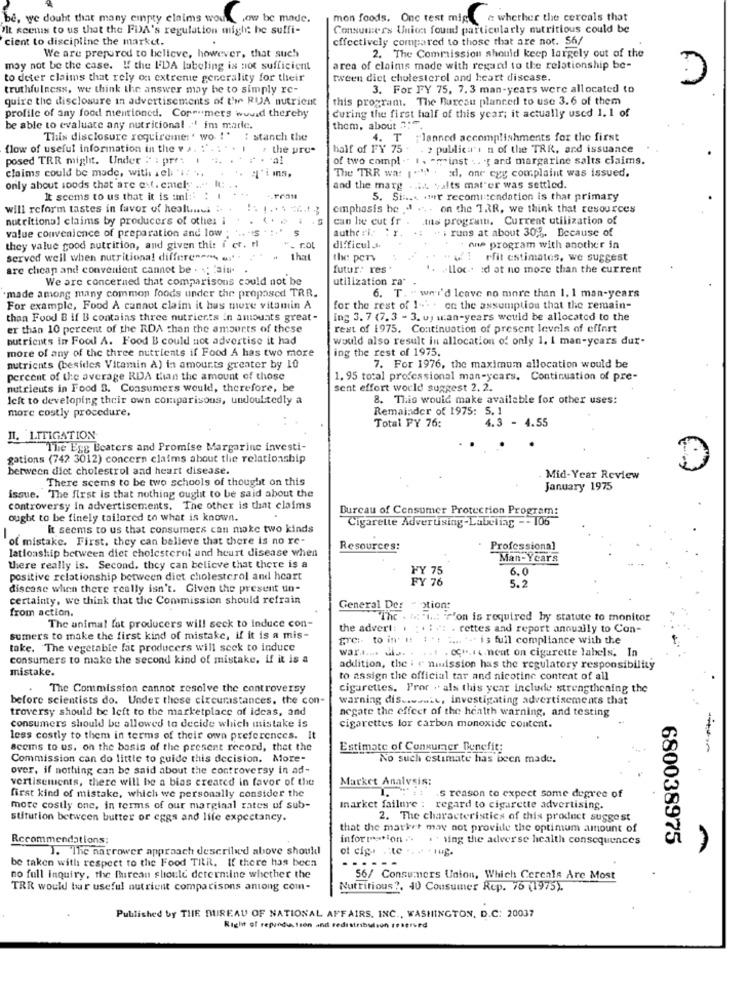
be, we doubt that many empty claims would low be made.
mon foods. One test miga whether the cereals that
'It seenis to us that the FDA's regulation might be suffi-
Consumers Union found particularly nutritious could be
cient to discipline the market.
effectively compared to those that are not. Sh/
2. The Commission should keep largely out of the
We are prepared to believe, however, that such
may not be the case. " the I'DA labeling is not sufficient
area of claims made with regard to the relationship be-
to deter claims that rely on extreme generality for their
tween diet cholesterol and heart disease.
F.)
truthfulness, we think the answer may be to simply re-
3. For FY 75, 7.3 man-years were allocated to
quire the disclosure in advertisements of the RUA nutrient
this program. The Bureau plancedl to use 3.6 of them
during the first half of this year; it actually used 1. 1 of
profile of any food mentioned. Coremers wwwid thereby
be able to evaluate any nutricional ."! im marie.
them, about 3 :.
This disclosure requireme: ' wo !' : stanch the
4. T planned accomplishments for the first
flow of useful information in the va. ! '. ..
. the pro-
half of FY 75 -
. > publica's n of the TRR, and issuance
posed TRR might. Under : : prr:
of two compl .. t . - minst .. .; and margarine salts claims.
claims could be made, with iel:"
The TRR wat 1 """ . xl, one cyg complaint was issued.
only about soods that are est. emel
and the marg . ..... valts mat'er was settled.
It seems to us that it is unl ::
5. Sin ... . mer recomiendation is that primary
will reform tastes in favor of healt.cs :. . .. . . . 76.1 ;
emphasis he " .. . on the TAR, we think that resources
nutritional claims by producers of other i
... .....
can be cut fr
Ins programu. Current utilization of
value convenience of preparation and low ; . 5': 5
authe:i. : r.
" i runs at about 30%. Because of
they value good nutrition, and given this f er. rl
"_ rot
difficul ..
" one program with another in
served weil when nutritional differenens er .
that
the per
efit estimates, we suggest
are cheap and convenient cannot be . ; aiu.
futur: res
. . lloc .. id at no more than the current
We are concerned that comparisons could not be
utilization ra
6. T. - wei'd leave no more than 1. 1 man-years
made among many common foods under the proposed TRR.
For example, Food A cannot claim it has more vitamin A
for the rest of 1 -.. . on the assumption that the remain-
than Food B if B contains three nutrients in amounts great-
ing 3. 7 (7. 3 - 3. uj w:an-years would be allocated to the
er than 10 percent of the RDA than the amourts of these
rest of 1975. Continuation of present levels of effort
nutricits in Food A. Food B could not advertise it had
would also result in allocation of only 1. 1 man-years dur-
more of any of the three nutrients if Food A has two more
ing the rest of 1975.
nutrients (besides Vitamin A) in amounts greater by 10
7. For 1976, the maximum allocation would be
percent of the average RDA than the amount of those
1. 95 total professional man-years. Continuation of pre-
nutrients in Food 3. Consumers would, therefore, be
sent effort world suggest 2. 2.
left to developing their own comparisons, undoubtedly a
8. This would make available for other uses:
more costly procedure.
Remainder of 1975: S. 1
Total FY 76:
4.3 - 4.55
IL. LITIGATION
The Egg Beaters and Promise Margarine investi-
gations (742 3012) concern claims about the relationship
between diet cholestrol and heart disease.
There seems to be two schools of thought on this
Mid-Year Review
January 1975
issue. The first is that nothing ought to be said about the
controversy In advertisements. The other is that claims
Bureau of Consumer Protection Program:
ought to be finely tailored to what is known.
Cigarette Advertising-Labeliag - - 106
It seems to us that consumers can make two kinds
of mistake. First. they can believe that there is no re-
lationship between diet cholesterol and heart disease when
Resources:
Professional
Man-Years
there really is. Second, they can believe that there is a
FY 75
positive relationship between diet cholesterol and heart
FY 76
6.0
5. 2
discase when there really isn't. Given the present un-
certainty, we think that the Commission should refrain
from action.
General Der - ation:
"The . M .i ..: "r'on is required by statute to monitor
The animal fat producers will seek to Induce con-
the advert: . . . : ct . rettes and report annually to Con-
sumers to make the first kind of mistake, if it is a mis-
gre :- to in' t: 1 ' : t ... .. is full compliance with the
take. The vegetable fat producers will seek to induce
war ...... is. . . .. . OCH. .. neat on cigarette labels. In
consumers to make the second kind of mistake. if it is a
mistake.
addition, the i " ninission has the regulatory responsibility
to assign the official tar and nicotine content of all
The Commission cannot resolve the controversy
cigarettes. Pror . als this year include strengthening the
before scientists do. Under these circunstances. the con-
warning dis ..... it, investigating advertisements that
troversy should be left to the marketplace of ideas, and
negate the effect of the health warning, and testing
consumers should be allowed to decide which mistake is
cigarettes lor carbon monoxide content.
less costly to them in terms of their own preferences. It
sceins to us. on the basis of the present record, thet the
Estimate of Consumer Benefit:
-
Commission can do little to guide this decision. More-
No such estimate has been made.
over, if nothing can be said about the controversy in ad-
vertisements, there will be a bias creared in favor of the
Market Analysis:
.S reason to expect some degree of
first kind of mistake, which we personally consider the
more costly one, in terms of our marginal rates of sub-
market failure : regard to cigarette advertising.
stitution between butter or eggs and life expectancy.
2. The characteristics of this product suggest
that the market may not provide the optimum amount of
Recommendations:
information .. .. sing the adverse health consequences
680038975
J. The narrower approach described above should
be taken with respect to the Food TILR. If there has been
no full Inquiry, the [hirean should determine whether the
56/ Consumers Union, Which Cereals Are Most
TRR would bar useful nutrient comparisons antong com-
Nutritious ?, 40 Consumer Rep. 75 (1975).
Published by THE BUREAU OF NATIONAL AFFAIRS, INC ., WASHINGTON, D.C: 20037
Right of reproduction and redistribution reserved